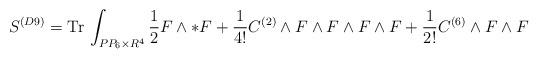
LaTeX: \begin{align*}S^{(D9)} = {\rm Tr}\, \int_{PP_6\times R^4} \frac{1}{2}F\wedge *F +\frac{1}{4!} C^{(2)}\wedge F\wedge F\wedge F\wedge F + \frac{1}{2!}C^{(6)}\wedge F\wedge F\end{align*}